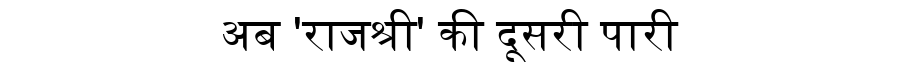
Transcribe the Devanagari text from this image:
अब 'राजश्री' की दूसरी पारी